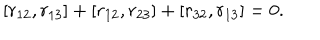
LaTeX: [ r _ { 1 2 } , r _ { 1 3 } ] + [ r _ { 1 2 } , r _ { 2 3 } ] + [ r _ { 3 2 } , r _ { 1 3 } ] = 0 .